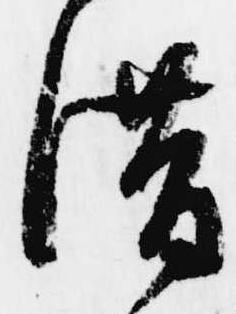
借